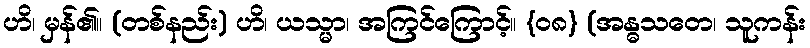
ဟိ၊ မှန်၏။ (တစ်နည်း) ဟိ၊ ယသ္မာ၊ အကြင်ကြောင့်။ {၀၈} (အန္ဓသတေ၊ သူကန်း